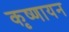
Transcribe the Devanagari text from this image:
कृष्‍णायन